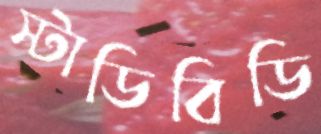
স্টাডিবিডি